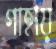
গাহায়